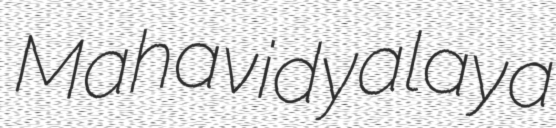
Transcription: Mahavidyalaya